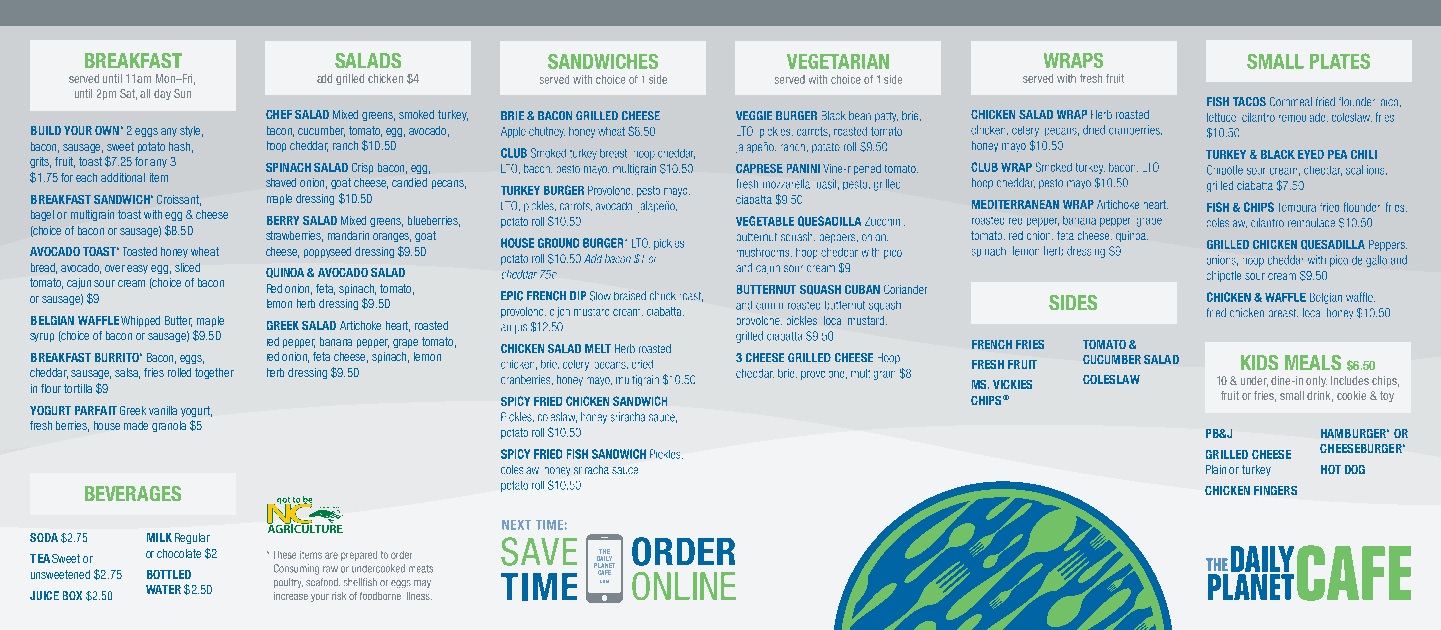
BREAKFAST       SALADS
 served until 11am Mon–Fri, add grilled chicken $4
 until 2pm Sat, all day Sun
 CHEF SALAD Mixed greens, smoked turkey,
 BUILD YOUR OWN* 2 eggs any style, bacon, cucumber, tomato, egg, avocado,
 bacon, sausage, sweet potato hash, hoop cheddar, ranch $10.50
 grits, fruit, toast $7.25 for any 3 SPINACH SALAD Crisp bacon, egg,
 $1.75 for each additional item shaved onion, goat cheese, candied pecans,
 BREAKFAST SANDWICH* Croissant, maple dressing $10.50
 bagel or multigrain toast with egg & cheese BERRY SALAD Mixed greens, blueberries,
 (choice of bacon or sausage) $8.50 strawberries, mandarin oranges, goat
 AVOCADO TOAST* Toasted honey wheat cheese, poppyseed dressing $9.50
 bread, avocado, over easy egg, sliced QUINOA & AVOCADO SALAD
 tomato, cajun sour cream (choice of bacon Red onion, feta, spinach, tomato,
 or sausage) $9  lemon herb dressing $9.50                          SIDES
 BELGIAN WAFFLE Whipped Butter, maple GREEK SALAD Artichoke heart, roasted
 syrup (choice of bacon or sausage) $9.50 red pepper, banana pepper, grape tomato, FRENCH FRIES TOMATO &
 BREAKFAST BURRITO* Bacon, eggs, red onion, feta cheese, spinach, lemon FRESH FRUIT CUCUMBER SALAD KIDS MEALS $6.50
 cheddar, sausage, salsa, fries rolled together herb dressing $9.50
 in flour tortilla $9                                          MS. VICKIES COLESLAW 10 & under, dine-in only. Includes chips,
 CHIPS®           fruit or fries, small drink, cookie & toy
 YOGURT PARFAIT Greek vanilla yogurt,
 fresh berries, house made granola $5
 PB&J   HAMBURGER* OR
 GRILLED CHEESE CHEESEBURGER*
 Plain or turkey HOT DOG
 BEVERAGES                                                                 CHICKEN FINGERS
 SODA $2.75 MILK Regular
 TEA Sweet or or chocolate $2         DT AH ILE Y
 unsweetened $2.75 BOTTLED            PL CA AN FEE T
 JUICE BOX $2.50 WATER $2.50           .COM